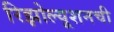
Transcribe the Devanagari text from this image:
रिझोल्यूशनची